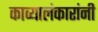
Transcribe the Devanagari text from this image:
काव्यालंकारांनी